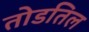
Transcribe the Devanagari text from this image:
तोडतिल